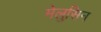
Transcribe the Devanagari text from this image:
मेलुसिन